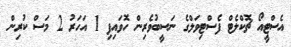
އެސްޓީއޯ ޗޮކްލެޓް ފެސްޓިވަލްގެ ނަސީބުވެރިން ހޮވައިފި 1 އަހަރު 2 މަސް ކުރިން